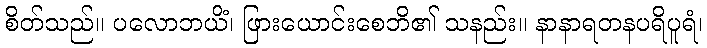
စိတ်သည်။ ပလောဘယိံ၊ ဖြားယောင်းစေဘိ၏ သနည်း။ နာနာရတနပရိပူရံ၊